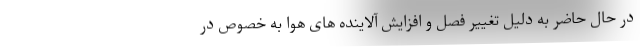
در حال حاضر به دلیل تغییر فصل و افزایش آلاینده های هوا به خصوص در